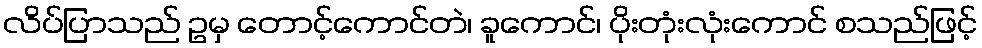
လိပ်ပြာသည် ဥမှ တောင့်ကောင်တဲ၊ ခူကောင်၊ ပိုးတုံးလုံးကောင် စသည်ဖြင့်